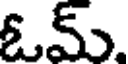
ఓమ్